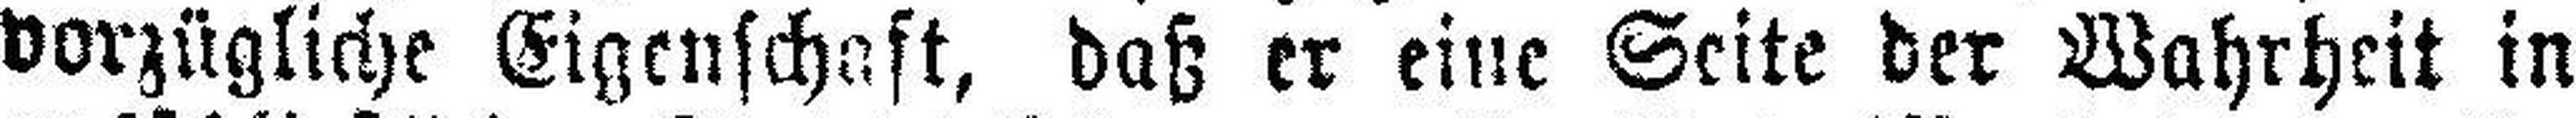
vorzügliche Eigenschaft, daß er eine Seite der Wahrheit in